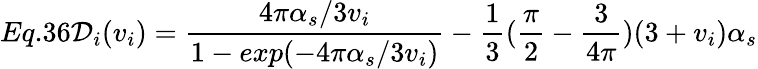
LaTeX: Eq.36{\cal{D}}_{i}(v_{i})=\frac{4\pi\alpha_{s}/3v_{i}}{1-exp(-4\pi\alpha_{s}/3v_{i})}-\frac{1}{3}(\frac{\pi}{2}-\frac{3}{4\pi})(3+v_{i})\alpha_{s}